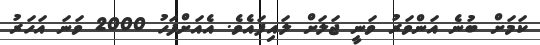
ކަމަށް ބުނެ އަންވަރު ވަނީ ޖަލަށް ލައިފައެވެ. އެއަށްފަހު 2000 ވަނަ އަހަރު